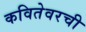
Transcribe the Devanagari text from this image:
कवितेवरची